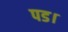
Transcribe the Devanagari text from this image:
पड।